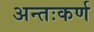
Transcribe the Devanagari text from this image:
अन्तःकर्ण